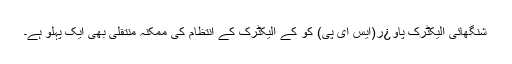
شنگھائی الیکٹرک پاو¿ر(ایس ای پی) کو کے الیکٹرک کے انتظام کی ممکنہ منتقلی بھی ایک پہلو ہے۔